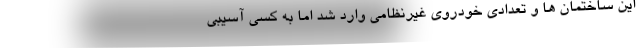
این ساختمان ها و تعدادی خودروی غیرنظامی وارد شد اما به کسی آسیبی